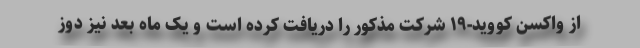
از واکسن کووید-۱۹ شرکت مذکور را دریافت کرده است و یک ماه بعد نیز دوز